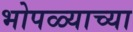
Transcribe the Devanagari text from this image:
भोपळ्याच्या